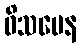
ဝိသမေန